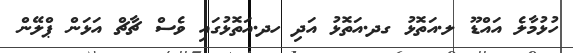
ހުޅުމާލެ އައްޑޫ ލ.އަތޮޅު ގދ.އަތޮޅު އަދި ހދ.އަތޮޅުގައި ވެސް ޗާާޗް އަޅަން ޕްލޭން